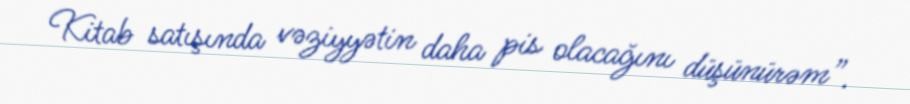
Kitab satışında vəziyyətin daha pis olacağını düşünürəm”.